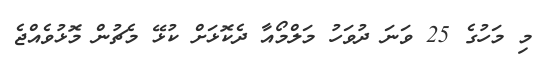
މި މަހުގެ 25 ވަނަ ދުވަހު މަލްމޯއާ ދެކޮޅަށް ކުޅޭ މެޗުން މޮޅުވެއްޖެ